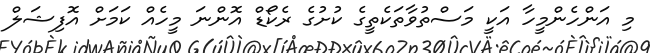
މި އަންހެންމީހާ އަކީ މަސްތުވާތަކެތީގެ ކުށުގެ ރެކޯޑް އޮންނަ މީހެއް ކަމަށް އޮފިޝަލް